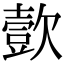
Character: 㱅